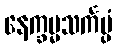
နေက္ခမ္မသင်္ကပ္ပံ